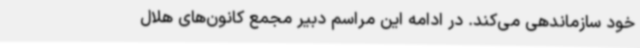
خود سازماندهی می‌کند. در ادامه این مراسم دبیر مجمع کانون‌های هلال